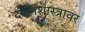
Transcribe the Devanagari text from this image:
दर्शनशास्त्रावर